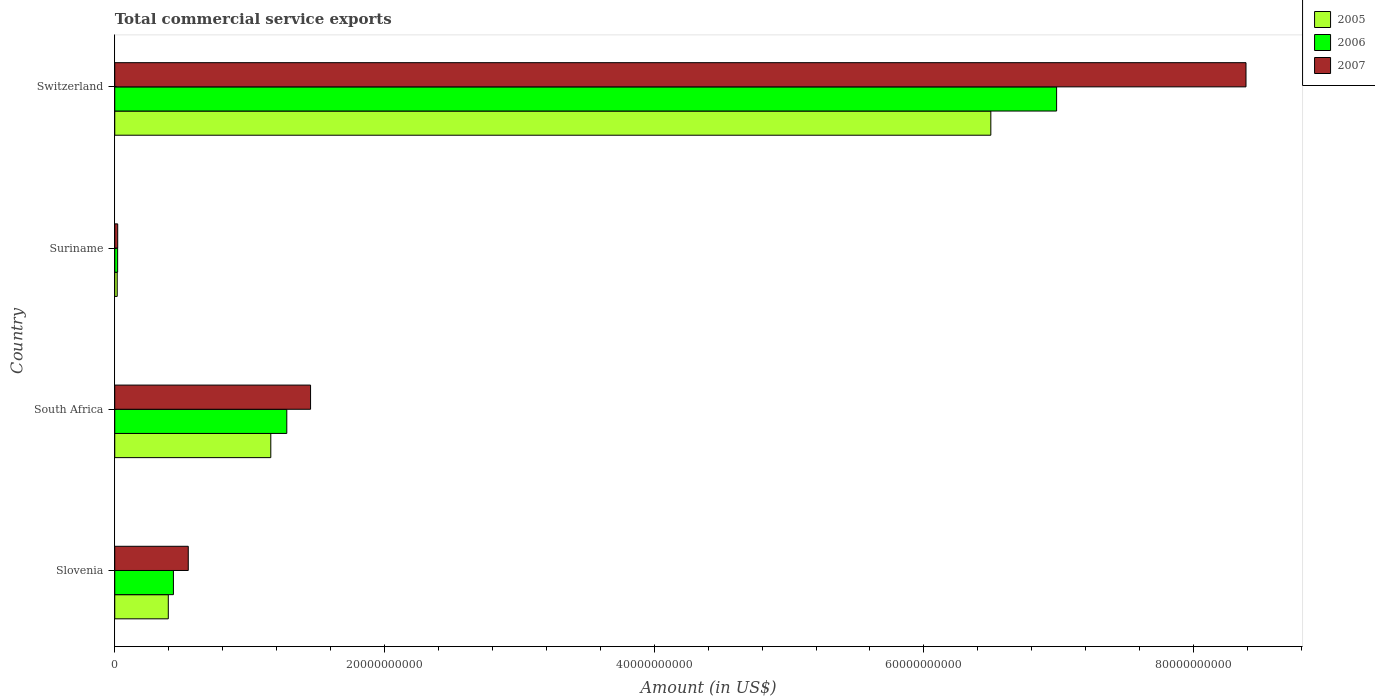
| Country | 2005 | 2006 | 2007 |
 | --- | --- | --- | --- |
 | Slovenia | 3.97e+09 | 4.35e+09 | 5.45e+09 |
 | South Africa | 1.16e+10 | 1.28e+10 | 1.45e+10 |
 | Suriname | 1.83e+08 | 2.14e+08 | 2.19e+08 |
 | Switzerland | 6.5e+10 | 6.98e+10 | 8.39e+10 |